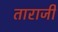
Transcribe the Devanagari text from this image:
ताराजी